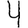
Digit: 4